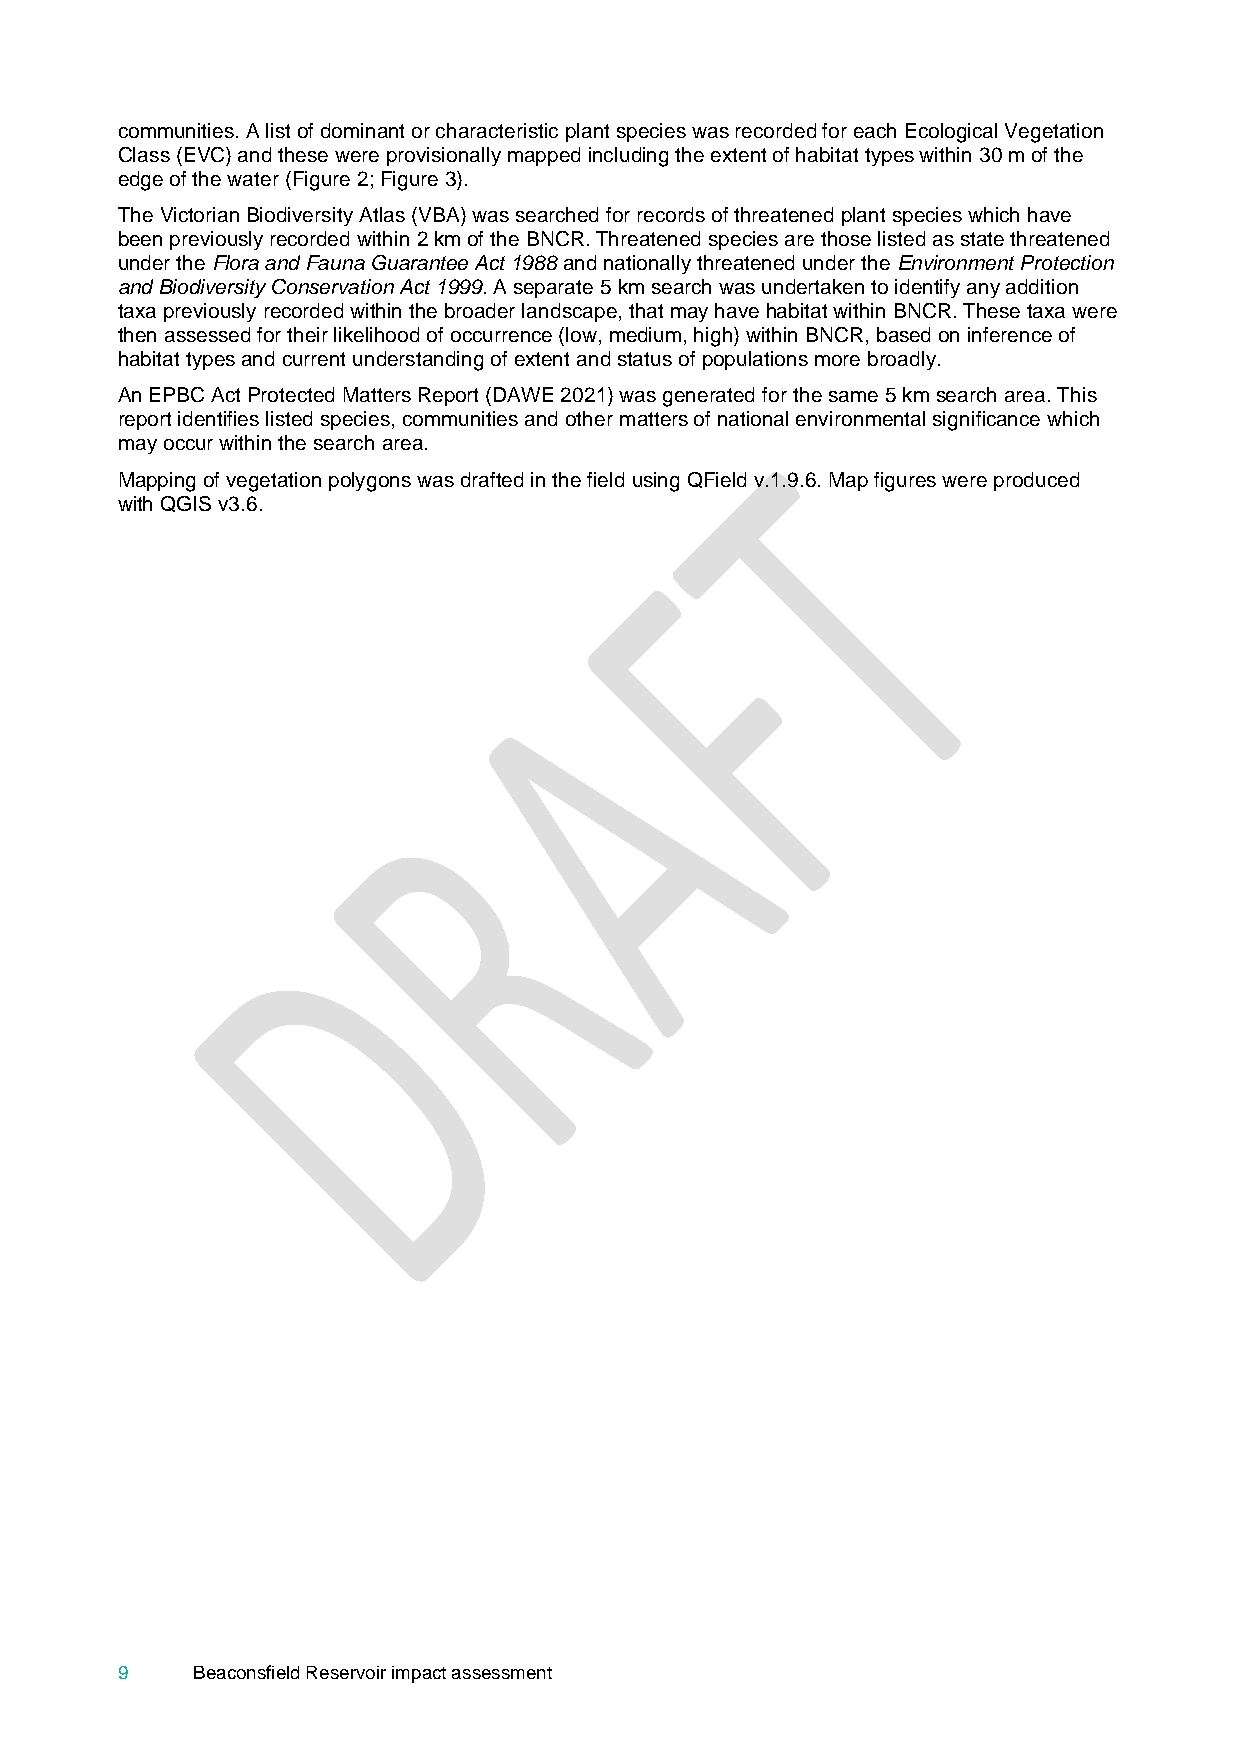
communities. A list of dominant or characteristic plant species was recorded for each Ecological Vegetation
 Class (EVC) and these were provisionally mapped including the extent of habitat types within 30 m of the
 edge of the water (Figure 2; Figure 3).
 The Victorian Biodiversity Atlas (VBA) was searched for records of threatened plant species which have
 been previously recorded within 2 km of the BNCR. Threatened species are those listed as state threatened
 under the Flora and Fauna Guarantee Act 1988 and nationally threatened under the Environment Protection
 and Biodiversity Conservation Act 1999. A separate 5 km search was undertaken to identify any addition
 taxa previously recorded within the broader landscape, that may have habitat within BNCR. These taxa were
 then assessed for their likelihood of occurrence (low, medium, high) within BNCR, based on inference of
 habitat types and current understanding of extent and status of populations more broadly.
 An EPBC Act Protected Matters Report (DAWE 2021) was generated for the same 5 km search area. This
 report identifies listed species, communities and other matters of national environmental significance which
 may occur within the search area.
 Mapping of vegetation polygons was drafted in the field using QField v.1.9.6. Map figures were produced
 with QGIS v3.6.
 9    Beaconsfield Reservoir impact assessment